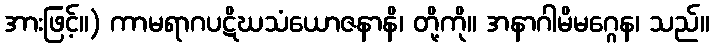
အားဖြင့်။) ကာမရာဂပဋိဃသံယောဇနာနိ၊ တို့ကို။ အနာဂါမိမဂ္ဂေန၊ သည်။